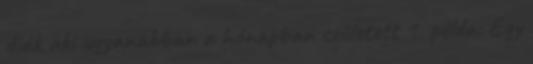
diák aki ugyanabban a hónapban született 1. példa: Egy